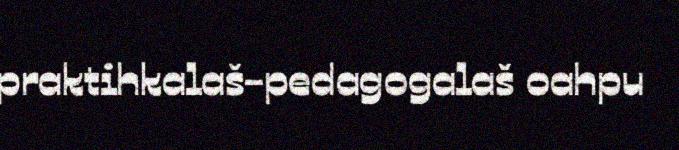
praktihkalaš-pedagogalaš oahpu